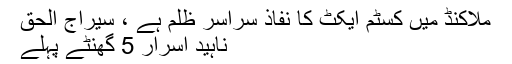
ملاکنڈ میں کسٹم ایکٹ کا نفاذ سراسر ظلم ہے ، سیراج الحق
ناہید اسرار 5 گھنٹے پہلے